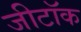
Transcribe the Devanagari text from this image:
जीटॉक